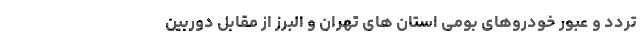
تردد و عبور خودروهای بومی استان های تهران و البرز از مقابل دوربین